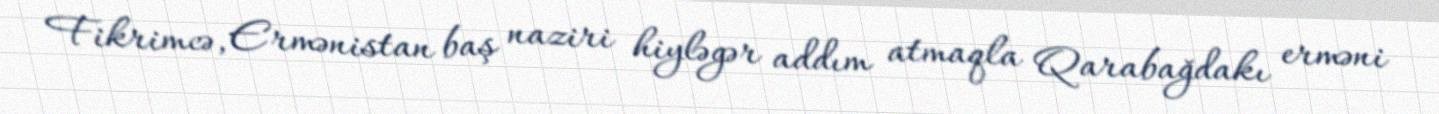
Fikrimcə, Ermənistan baş naziri hiyləgər addım atmaqla Qarabağdakı erməni